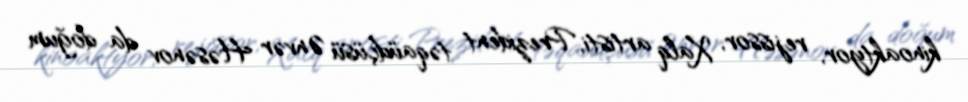
kinoaktyor, rejissor, Xalq artisti, Prezident təqaüdçüsü Ənvər Həsənov da doğum